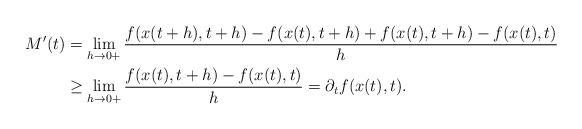
LaTeX: \begin{align*}M'(t) &= \lim_{h\to 0+} \frac{f(x(t+h),t+h) - f(x(t), t+h)+f(x(t), t+h)- f(x(t),t)}{h} \\&\geq \lim_{h\to 0+}\frac{f(x(t), t+h)- f(x(t),t)}{h} = \partial_t f(x(t),t).\end{align*}